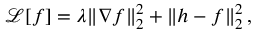
\mathcal { L } [ f ] = \lambda \| \nabla f \| _ { 2 } ^ { 2 } + \| h - f \| _ { 2 } ^ { 2 } \, ,